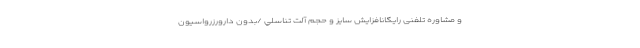
و مشاوره تلفنی رایگانافزایش سایز و حجم آلت تناسلي /بدون دارورزرواسیون